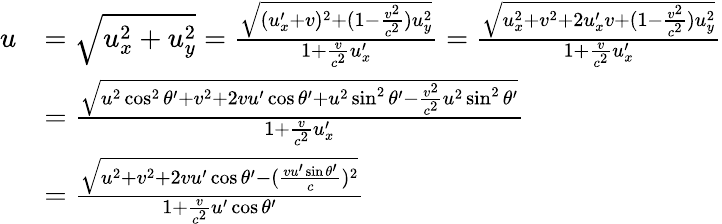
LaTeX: {\begin{array}{rl}{u}&{={\sqrt{u_{x}^{2}+u_{y}^{2}}}={\frac{\sqrt{(u_{x}^{\prime}+v)^{2}+(1-{\frac{v^{2}}{c^{2}}})u_{y}^{2}}}{1+{\frac{v}{c^{2}}}u_{x}^{\prime}}}={\frac{\sqrt{u_{x}^{2}+v^{2}+2u_{x}^{\prime}v+(1-{\frac{v^{2}}{c^{2}}})u_{y}^{2}}}{1+{\frac{v}{c^{2}}}u_{x}^{\prime}}}}\\ &{={\frac{\sqrt{u^{2}\cos^{2}\theta^{\prime}+v^{2}+2vu^{\prime}\cos\theta^{\prime}+u^{2}\sin^{2}\theta^{\prime}-{\frac{v^{2}}{c^{2}}}u^{2}\sin^{2}\theta^{\prime}}}{1+{\frac{v}{c^{2}}}u_{x}^{\prime}}}}\\ &{={\frac{\sqrt{u^{2}+v^{2}+2vu^{\prime}\cos\theta^{\prime}-({\frac{vu^{\prime}\sin\theta^{\prime}}{c}})^{2}}}{1+{\frac{v}{c^{2}}}u^{\prime}\cos\theta^{\prime}}}}\end{array}}